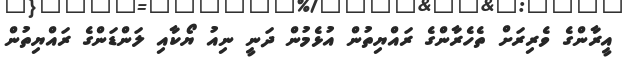
އީރާންގެ ވެރިރަށް ތެހެރާންގެ ރައްޔިތުން އުޅެމުން ދަނީ ނިއު ޔޯކާއި ލަންޑަންގެ ރައްޔިތުން